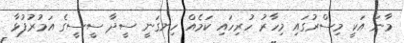
މާނަ އަކީ މިސްރުގައި މިހާރު ހުރިހައި ކަމެއް ހިނގަނީ ސީދާ ސީސީގެ އަމުރުފުޅާ